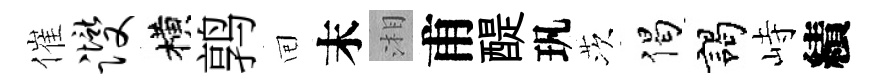
催躞横鹑囘末湘甫醍㺬茨偈謁峙績